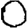
Digit: 0